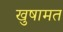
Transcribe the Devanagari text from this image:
खुषामत